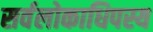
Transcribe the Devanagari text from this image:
सर्वलोकाधिपस्य